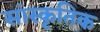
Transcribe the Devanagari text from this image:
सांस्‍कृतिक